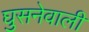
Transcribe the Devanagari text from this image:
घुसनेवाली